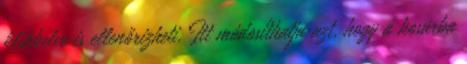
klikkelve is ellenőrizheti. Itt módosíthatja azt, hogy a kosárba